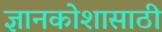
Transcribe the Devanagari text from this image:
ज्ञानकोशासाठी